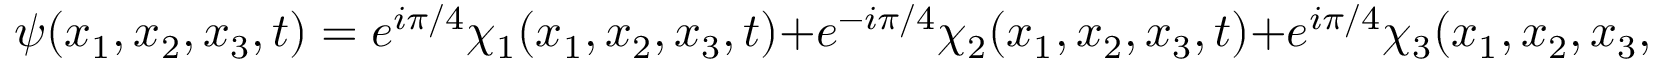
\psi ( x _ { 1 } , x _ { 2 } , x _ { 3 } , t ) = e ^ { i \pi / 4 } \chi _ { 1 } ( x _ { 1 } , x _ { 2 } , x _ { 3 } , t ) + e ^ { - i \pi / 4 } \chi _ { 2 } ( x _ { 1 } , x _ { 2 } , x _ { 3 } , t ) + e ^ { i \pi / 4 } \chi _ { 3 } ( x _ { 1 } , x _ { 2 } , x _ { 3 } , t )